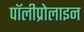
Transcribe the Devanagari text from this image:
पॉलीप्रोलाइन